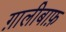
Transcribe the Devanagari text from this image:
ग़ालीबाफ़